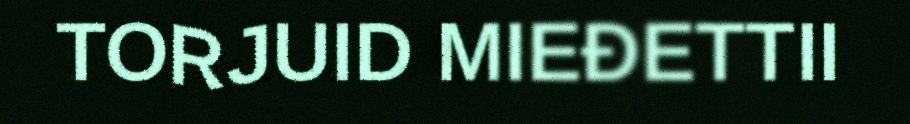
TORJUID MIEĐETTII